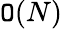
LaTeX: \mathtt{O}(N)